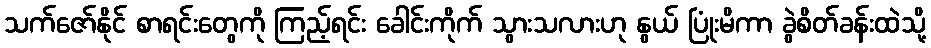
သက်ဇော်နိုင် စာရင်းတွေကို ကြည့်ရင်း ခေါင်းကိုက် သွားသလားဟု နွယ် ပြုံးမိကာ ခွဲစိတ်ခန်းထဲသို့